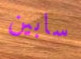
سابين